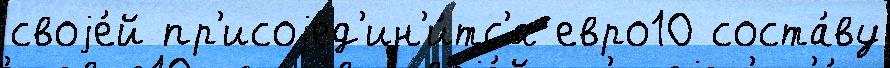
своjе́й пр'исоjед'ин'и́тс'я евро10 соста́ву